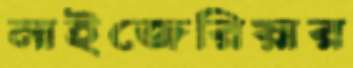
নাইজেরিয়ার